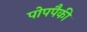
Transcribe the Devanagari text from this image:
पोपपैकी